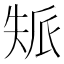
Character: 𡘿